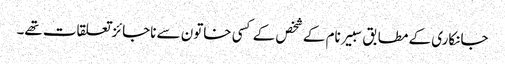
جانکاری کے مطابق سبیر نام کے شخص کے کسی خاتون سے ناجائزتعلقات تھے۔